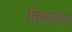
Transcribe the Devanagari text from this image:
विनऐम्प